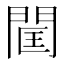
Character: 𨴑